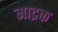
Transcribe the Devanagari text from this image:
माद्रक